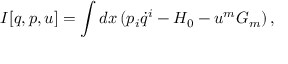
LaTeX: I [ q , p , u ] = \int d x \, ( p _ { i } \dot { q } ^ { i } - H _ { 0 } - u ^ { m } G _ { m } ) \, ,